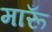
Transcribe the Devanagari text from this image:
मारूँ